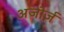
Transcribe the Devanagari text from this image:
अजोर्ज़